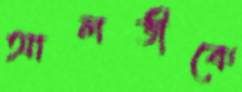
আলভীকে